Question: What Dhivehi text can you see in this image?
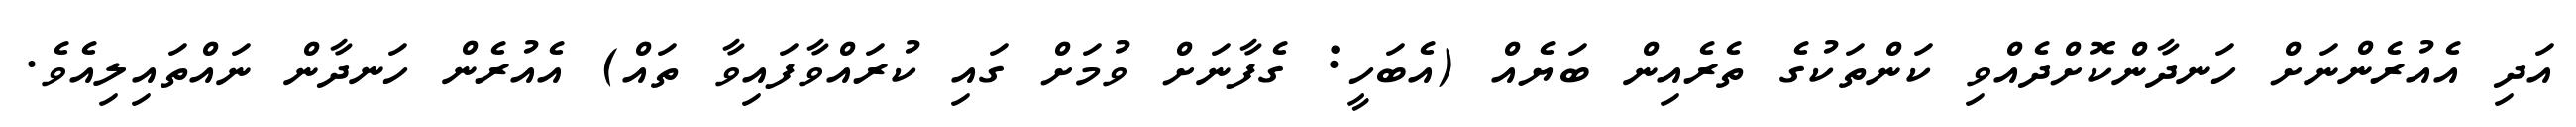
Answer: އަދި އެއުރެންނަށް ހަނދާންކޮށްދެއްވި ކަންތަކުގެ ތެރެއިން ބަޔެއް (އެބަހީ: ގެފާނަށް ވުމަށް ގައި ކުރައްވާފައިވާ ތައް) އެއުރެން ހަނދާން ނައްތައިލިއެވެ.